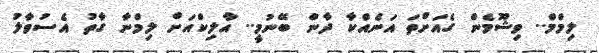
ލިމްމް.. ވިޝޫމެން ގެއަށްތަ އަނެއްކާ ދާން ބޭނުމީ.. އާލިކްއަށް ލިމްނާ ގާތު އެސުވާލު